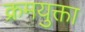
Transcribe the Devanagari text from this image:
क्रमयुक्ता